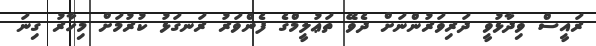
ރައީސް ވިދާޅުވީ ދަރިވަރުންނަށް ދެވޭ ތަޢުލީމްގެ ފެންވަރު ރަނގަޅު ކުރުމަށް މިހާރު ގިނަ